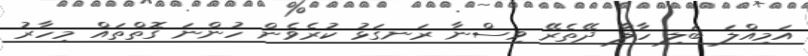
އަމިއްލަ ބަލި ހާލާ ދޭތެރޭ ވިސްނާ ރަނގަޅު ކުރެވެން ހުންނަ ގޮތްތައް މިހާރު